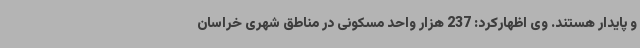
و پایدار هستند. وی اظهارکرد: 237 هزار واحد مسکونی در مناطق شهری خراسان